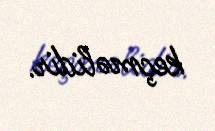
keçməlidir.